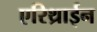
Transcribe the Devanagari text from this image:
एरिथ्राईन